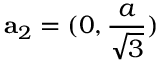
{ \bf a } _ { 2 } = ( 0 , \frac { a } { \sqrt { 3 } } )